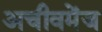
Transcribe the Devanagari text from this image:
अचीवमेंज